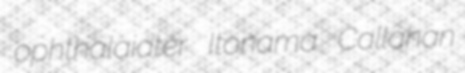
ophthalaiater Itonama Callahan